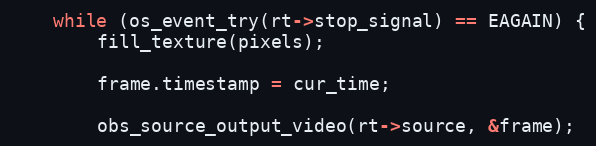
Language: C
	while (os_event_try(rt->stop_signal) == EAGAIN) {
		fill_texture(pixels);

		frame.timestamp = cur_time;

		obs_source_output_video(rt->source, &frame);